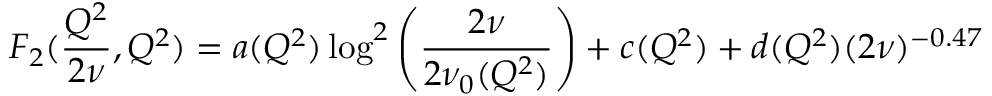
F _ { 2 } ( \frac { Q ^ { 2 } } { 2 \nu } , Q ^ { 2 } ) = a ( Q ^ { 2 } ) \log ^ { 2 } \left( \frac { 2 \nu } { 2 \nu _ { 0 } ( Q ^ { 2 } ) } \right) + c ( Q ^ { 2 } ) + d ( Q ^ { 2 } ) ( 2 \nu ) ^ { - 0 . 4 7 }